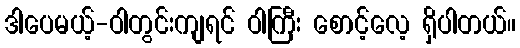
ဒါပေမယ့်-ဝါတွင်းကျရင် ဝါကြီး စောင့်လေ့ ရှိပါတယ်။